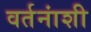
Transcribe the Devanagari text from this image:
वर्तनांशी